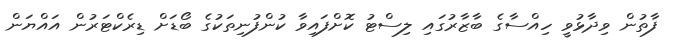
ފާތުން ވިދާޅުވީ ހިއްސާގެ ބާޒާރުގައި ލިސްޓު ކޮށްފައިވާ ކުންފުނިތަކުގެ ބޯޑަށް ޑިރެކްޓަރުން އައްޔަން